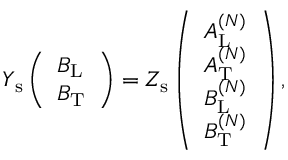
\begin{array} { r } { Y _ { \mathrm { s } } \left( \begin{array} { l } { B _ { \mathrm { L } } } \\ { B _ { \mathrm { T } } } \end{array} \right) = Z _ { \mathrm { s } } \left( \begin{array} { l } { A _ { \mathrm { L } } ^ { ( N ) } } \\ { A _ { \mathrm { T } } ^ { ( N ) } } \\ { B _ { \mathrm { L } } ^ { ( N ) } } \\ { B _ { \mathrm { T } } ^ { ( N ) } } \end{array} \right) , } \end{array}